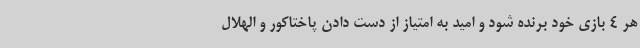
هر 4 بازی خود برنده شود و امید به امتیاز از دست دادن پاختاکور و الهلال